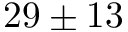
2 9 \pm 1 3